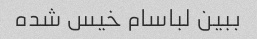
ببین لباسام خیس شده